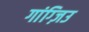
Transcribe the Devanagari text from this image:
गांग्ज़िउ